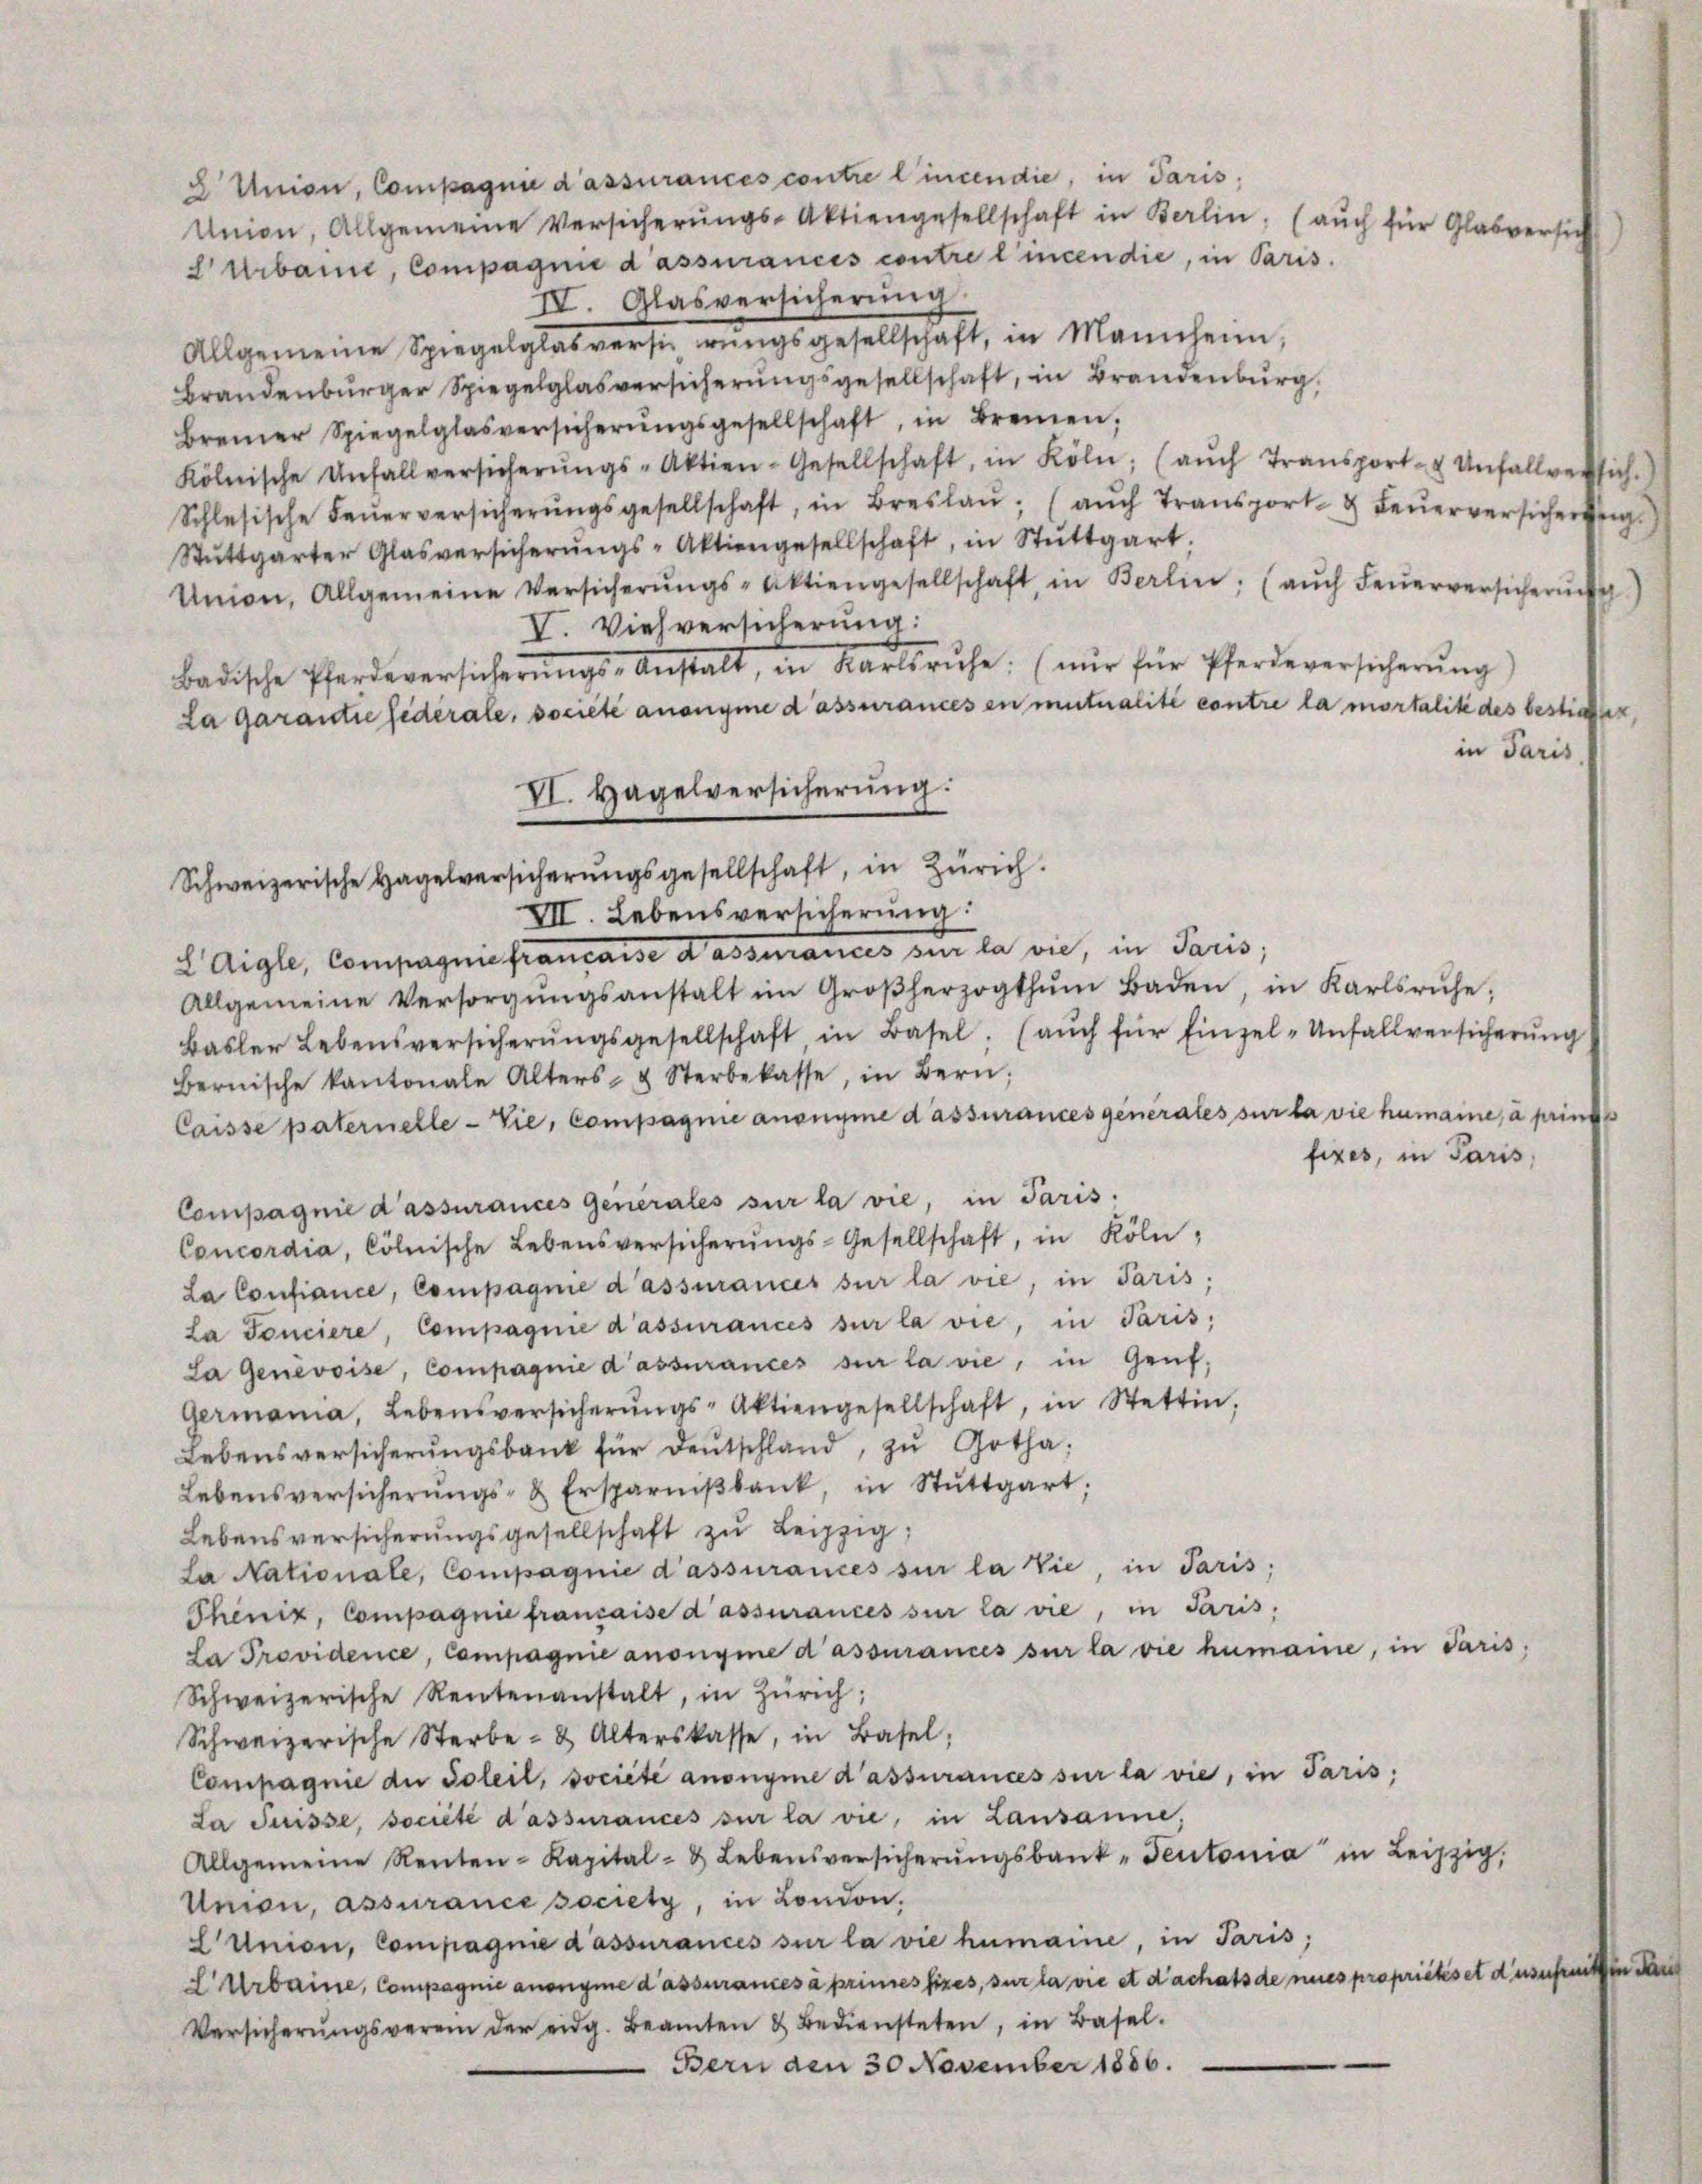
Urbaine, Compagnie d’assurances contre l’incen die, in Paris.
IV. Glasversicherŭng
Allgemeine Spiegelglab verst nŭngsgesellschaft, in Mannheim,
Brandenburger Spiegelglasversicherungsgesellschaft, in Brandenburg,
Brenner Spiegelglasversicherŭngsgesellschaft, in Bremen,
Kölnische Unfallversicherŭngs-Aktien-Gesellschaft, in Köln, (aŭch Transport- & Unfallversich.
Schlesische Feŭerversicherŭngsgesellschaft, in Breslaŭ: (aŭch Transport & Feŭerversicherig
Stŭttgarter Glasversicherŭngs-Aktiengesellschaft, in Stuttgart,
Union, Allgemeine Versicherŭngs-Aktiengesellschaft, in Berlin, (aŭch Feŭerversicherung)
V. Viehversicherung:
badische Pferdeversicherŭngs-Anstalt, in Karlsruhe. (nur für Pferdeversicherŭng
La garantie federale, societe anonyme d’assurances en mutualité contre la mortalite des bestimer,
VI. Hagelversicherung:

2 Union, Compagnie d’assurances contre lincendie, in Paris,
Union, Allgemeine Versicherŭngs-Aktiengesellschaft in Berlin. (aŭch für Glasversic

Schweizerische Hagelversicherŭngsgesellschaft, in Zürich.

VII. Lebensversicherŭng:
2 Aigle, Compagnie francaise a assiances an la vie, in Paris,
Allgemeine Versorgŭngsanstalt im Großherzogthŭm Baden, in Karlsruhe;
Basler Lebensversicherŭngsgesellschaft in Basel. (aŭch für Einzel-Unfallversicherŭng
bernische kantonale Alters- & Sterbekasse, in Bern,
Caisse paternelle - Sie, Compagnie anonyme d’assurances generales sur la die humaine, à prins
Compagnie d’assurances Generales sur la vie, in Paris.
Concordia, Cölnische Lebensversicherŭngs-Gesellschaft, in Köln,
La Confiance, Compagnie d’assurances sur la vie, in Paris;
La Ponciere, Compagnie d’assurances sur la vie, in Paris,
La Genevoise, Compagnie d’assurances sur la vie, in Genf,
Germania, Lebensversicherŭngs-Aktiengesellschaft, in Stettin,
Lebensversicherŭngsbank für deŭtschland, zŭ Gotha,
Lebensversicherŭngs- & Ersparniβbank, in Stuttgart;
Lebensversicherŭngsgesellschaft zu Leipzig,
La Nationale, Compagnie d’assurances sur la vie, in Paris;
Phönix, Compagnie française d’assurances sur la vie, in Paris,
La Providence, Compagnie anonyme d’assurances sur la die humaine, in daris,
Schweizerische Rentenanstalt, in Zürich;
Schweizerische Sterbe- & Alterskasse, in Basel;
Compagnie der Soleil, societe anonyme d’assurances sur la vie, in Paris,
La Suisse, société d’assurances sur la vie, in Lausanne,
Allgemeine Renten-Kapital- & Lebensversicherŭngsbank-Teutonia" in Leipzig,
Umon, assurance society, in London.
L Union, Compagnie d’assurances sur la vie humaine, in Paris;
 Urbaine, Compagnie anonyme d’assurances à primes fixes, sur la vie et dachats de nies propriétés et disemit
Versicherŭngsverein der eidg. Beamten & Bediensteten, in Basel.
Bern den 30 November 1886.

in Paris

fixes, in Paris,

in d